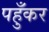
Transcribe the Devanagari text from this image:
पहुँकर